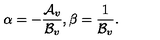
\alpha = - { \frac { { \cal A } _ { v } } { { \cal B } _ { v } } } , \beta = { \frac { 1 } { { \cal B } _ { v } } } .